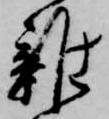
雑